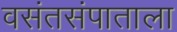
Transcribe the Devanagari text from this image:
वसंतसंपाताला